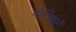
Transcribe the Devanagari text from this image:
नोच्छिष्टं